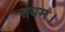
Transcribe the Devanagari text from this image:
नवम।